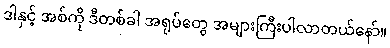
ဒါနှင့် အစ်ကို ဒီတစ်ခါ အရုပ်တွေ အများကြီးပါလာတယ်နော်။